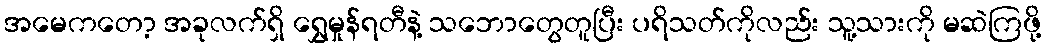
အမေကတော့ အခုလက်ရှိ ရွှေမှုန်ရတီနဲ့ သဘောတွေတူပြီး ပရိသတ်ကိုလည်း သူ့သားကို မဆဲကြဖို့